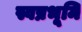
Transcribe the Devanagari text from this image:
स्वप्नभूमि